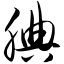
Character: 腆